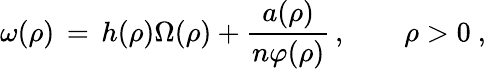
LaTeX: \omega(\rho)\, =\, h(\rho)\Omega(\rho)+\frac{a(\rho)}{n\varphi(\rho)}\, ,\qquad\rho>0~,